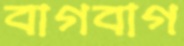
বাগবাগ